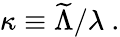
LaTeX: \kappa\equiv{\widetilde\Lambda}/\lambda~.